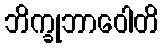
ဘိက္ခုဘာဝေါတိ